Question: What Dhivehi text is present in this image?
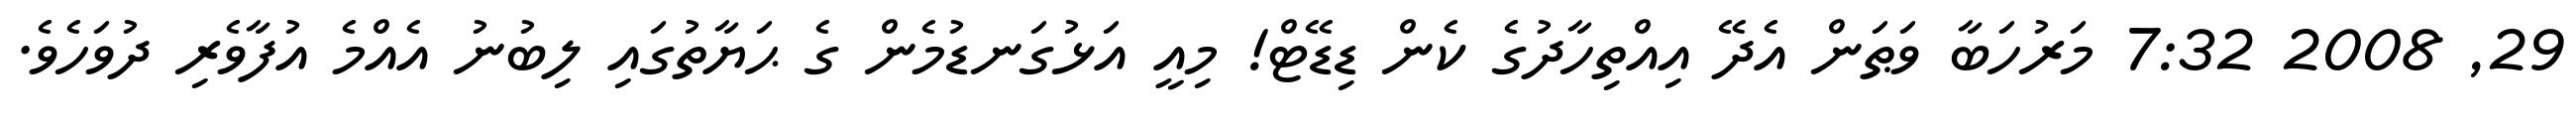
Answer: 29, 2008 7:32 މަރުހަބާ ވަޠަން އެދޭ އިއްތިހާދުގެ ކެން ޑިޑޭޓް! މިއީ އަޅުގަނޑުމެން ގެ ޙަޔާތުގައި ލިބުނު އެއްމެ އުފާވެރި ދުވަހެވެ.